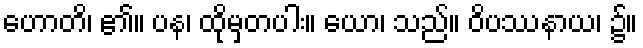
ဟောတိ၊ ၏။ ပန၊ ထိုမှတပါး။ ယော၊ သည်။ ဝိပဿနာယ၊ ၌။